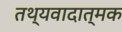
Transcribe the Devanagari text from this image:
तथ्यवादात्मक